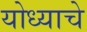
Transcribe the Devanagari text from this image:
योध्याचे